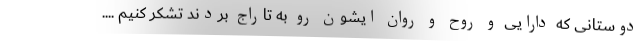
دوستانی که دارایی و روح و روان ایشون رو به تاراج بردند تشکر کنیم ....